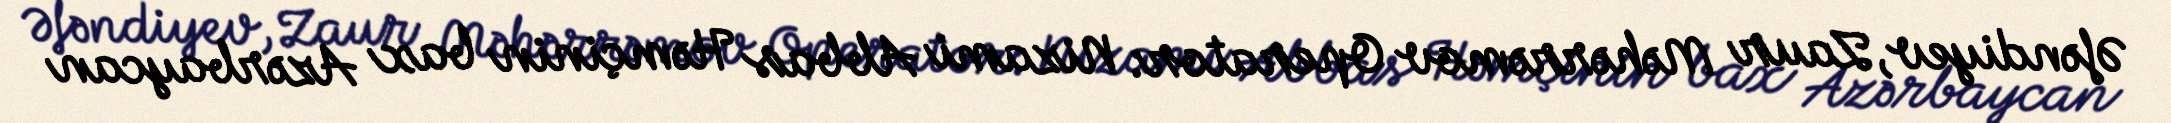
Əfəndiyev, Zaur Məhərrəmov Operator: Nizami Abbas Həmçinin bax Azərbaycan